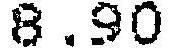
8.90